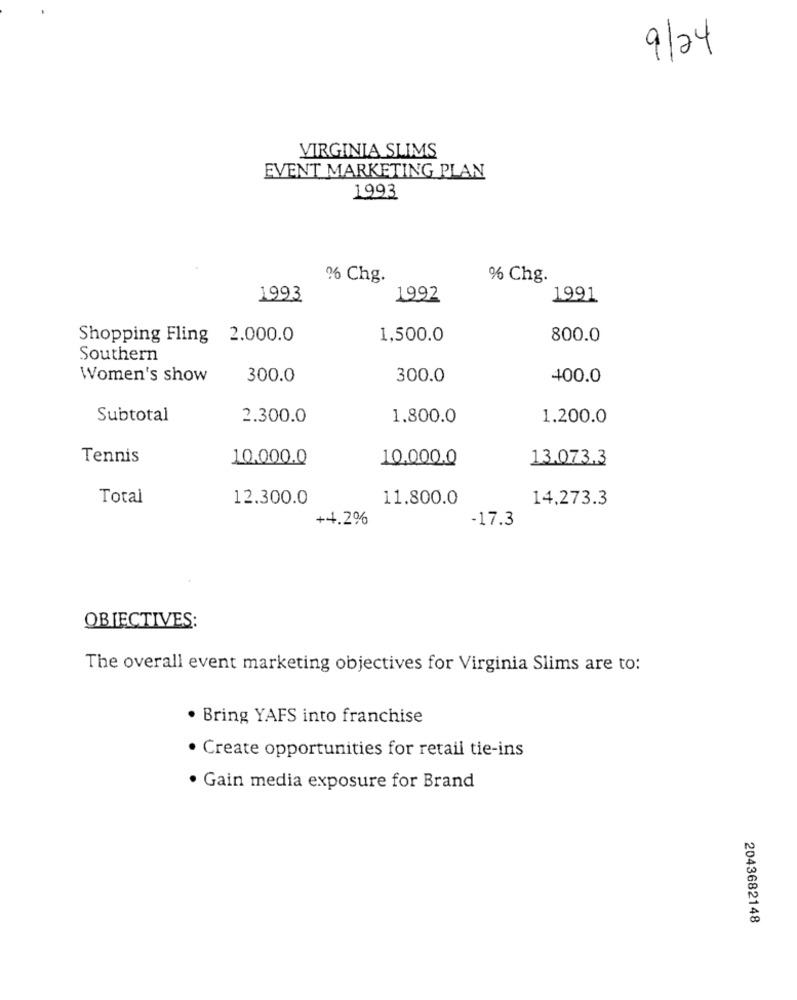
9/24
VIRGINIA SLIMS
EVENT MARKETING PLAN
1993
6 Chg.
% Chg.
1993
1992
1991
Shopping Fling 2.000.0
1,500.0
800.0
Southern
Women's show
300.0
300.0
400.0
Subtotal
2.300.0
1.800.0
1.200.0
Tennis
10,000.0
10.000.0
13.073.3
Total
12.300.0
11.800.0
14,273.3
+4.2%
-17.3
OBJECTIVES:
The overall event marketing objectives for Virginia Slims are to:
· Bring YAFS into franchise
· Create opportunities for retail tie-ins
· Gain media exposure for Brand
2043682148